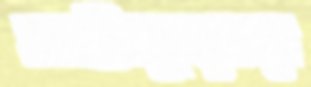
সাইকুয়ার